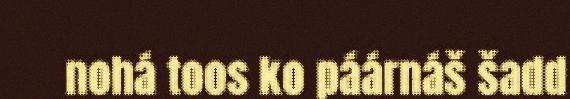
nohá toos ko páárnáš šadd